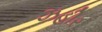
ઝહીર